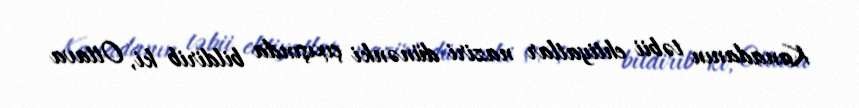
Kanadanın təbii ehtiyatlar naziri dünənki çıxışında bildirib ki, Ottava